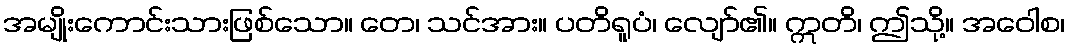
အမျိုးကောင်းသားဖြစ်သော။ တေ၊ သင်အား။ ပတိရူပံ၊ လျော်၏။ ဣတိ၊ ဤသို့။ အဝေါစ၊